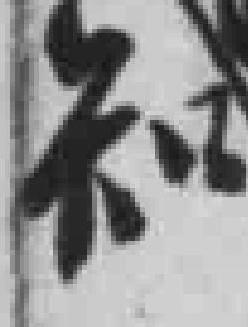
知